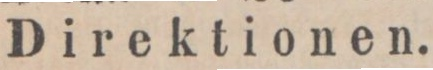
Direktionen.